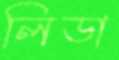
লিডা